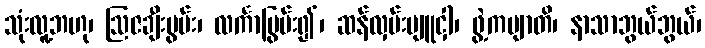
သုံးလူ့ဘဟု၊ ဩဇချီးမွမ်း၊ လင်္ကာပြွမ်း၍၊ ဆန်လှမ်းပျူငှါ၊ ဖွဲ့ကဗျာတိ၊ နာသာဘွယ်ဘွယ်၊